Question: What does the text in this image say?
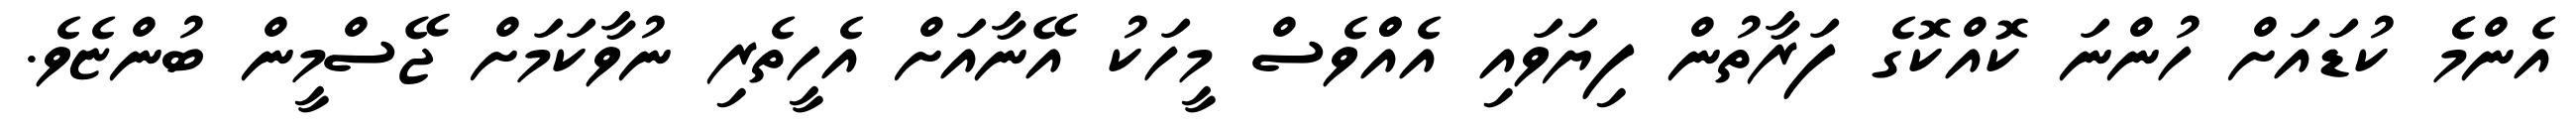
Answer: އެންމެެ ކުޑައަށް ހުންނަ ކޮއްކޮގެ ފަރާތުން ފިޔަވައި އެއްްވެސް މީހަކު އޭނާއަށް އެހީތެރި ނުވާކަމަށް ޖޭސްމީން ބުންޏެވެ.